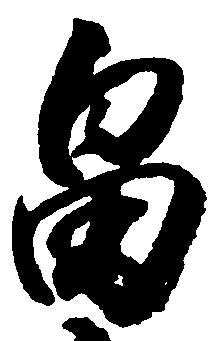
畠